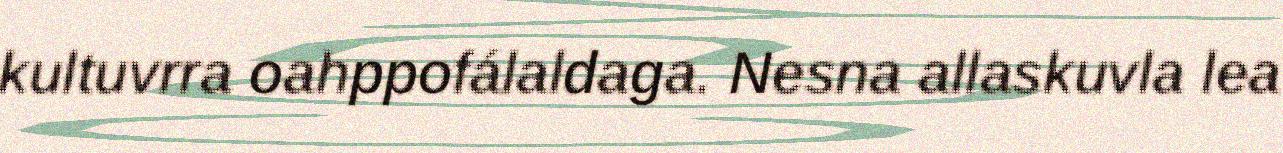
kultuvrra oahppofálaldaga. Nesna allaskuvla lea